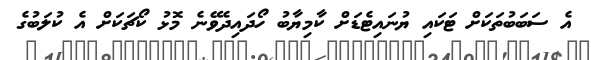
އެ ސަބަބުތަކަށް ޓަކައި ޔުނައިޓެޑަށް ކާމިޔާބު ހޯދައިދެވޭނެ މޮޅު ކޯޗަކަށް އެ ކުލަބުގެ